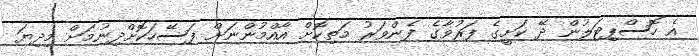
އެ ހޮސްޕިޓަލުން ދޭ ކަށީގެ ފަރުވާގެ ފެންވަރު މަތިކޮށް އާއްމުންނަށް ފަސޭހަކޮށްދިނުމަށް މިދިޔަ